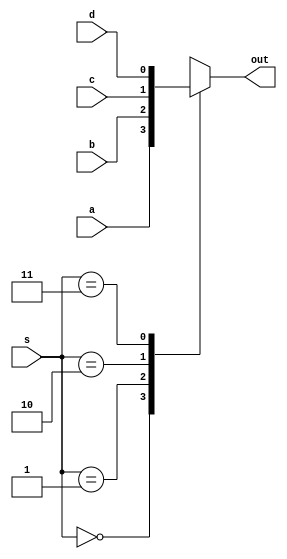
/*
-Prctica 01 Estructura de Computadores
-Objetivo: Realizar una ALU de 4 bits capaz de realizar sumas y restas en C2 
y generar los bits de flags asociados, as como varias operaciones lgicas
-Alumno: Cheuk Kelly Ng Pante
-Correo: alu0101364544@ull.edu.es
-Curso 2020-2021
-Compilacion: iverilog -o Practica01 alu_tb.v ALU.v cal.v compl1.v mux2_1.v mux2_4.v mux4_1.v cl.v fa.v
-Simulacin: vvp Practica01
*/

// === OBJETIVO 1 ===

//Modulo del Mux
module mux4_1(output reg out, input wire a, b, c, d, input wire [1:0] s);
    always @(a,b,c,d,s)
    begin
        case(s)
        2'b00 : out = a;     // 0 : out = a;
        2'b01 : out = b;    // 1 : out = b;
        2'b10 : out = c;    // 2: out = c;
        2'b11 : out = d;    // 3 : out = d;
        default: out = 'bx;   //default : out = x;
        endcase
    end
endmodule